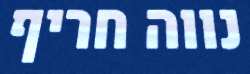
נווה חריף